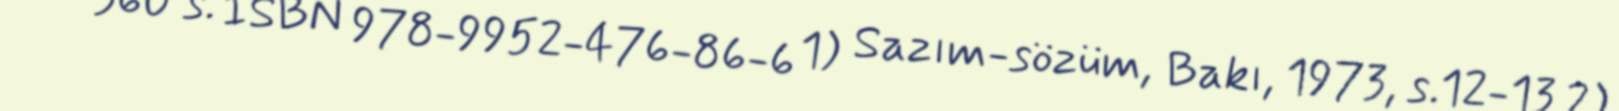
— 360 s. ISBN 978-9952-476-86-6 1) Sazım-sözüm, Bakı, 1973, s.12-13 2)